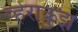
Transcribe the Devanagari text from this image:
व्हेराक्रुझ